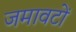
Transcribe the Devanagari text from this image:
जमावटों